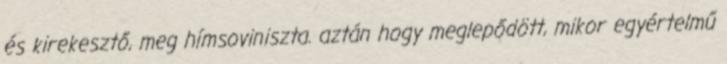
és kirekesztő, meg hímsoviniszta. aztán hogy meglepődött, mikor egyértelmű